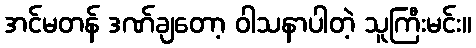
အင်မတန် ဒဏ်ချတော့ ဝါသနာပါတဲ့ သူကြီးမင်း။